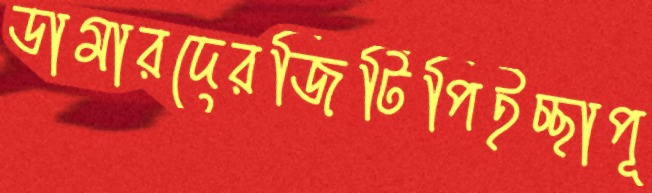
ডামারদেরজিটিপিইচ্ছাপূ